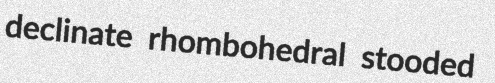
declinate rhombohedral stooded